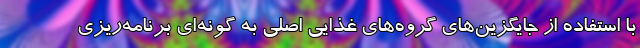
با استفاده از جایگزین‌های گروه‌های غذایی اصلی به گونه‌ای برنامه‌ریزی